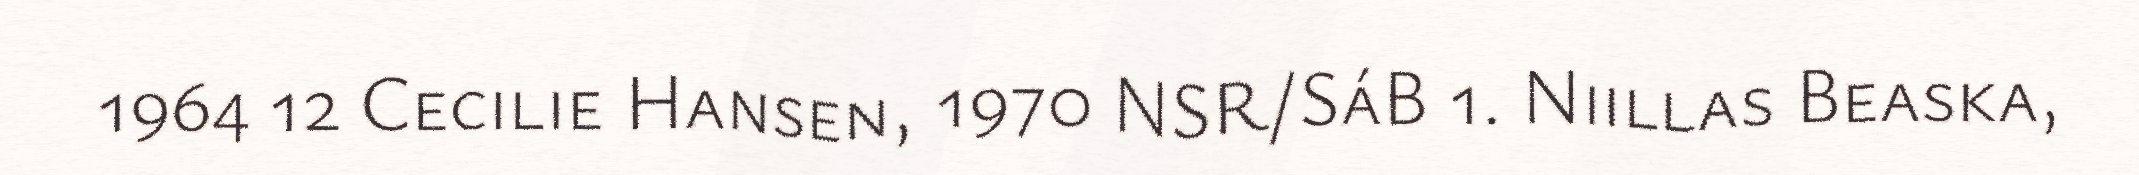
1964 12 Cecilie Hansen, 1970 NSR/SáB 1. Niillas Beaska,